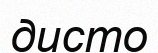
дисто